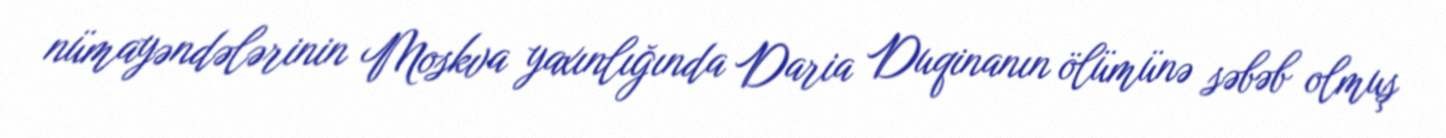
nümayəndələrinin Moskva yaxınlığında Daria Duqinanın ölümünə səbəb olmuş